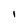
Character: I